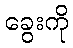
ခွေးကို